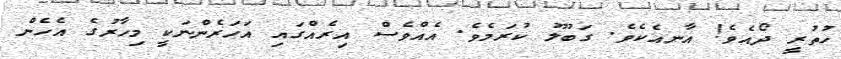
ހުތުރީ ދޯއެވެ! އާނއެކެވެ. ގަބޫލު ކުރަމެވެ. އެއްވެސް އިރެއްގައި އަހަރެންނަކީ މިހާރުގެ އެހެން